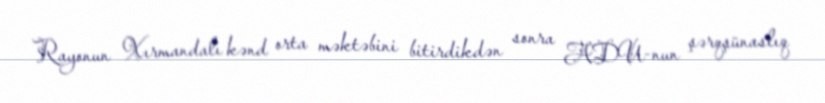
Rayonun Xırmandalı kənd orta məktəbini bitirdikdən sonra ADU-nun şərqşünaslıq